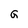
Character: G